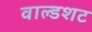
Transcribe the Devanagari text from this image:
वाल्डशट